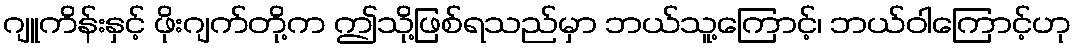
ဂျူကိန်းနှင့် ဖိုးဂျက်တို့က ဤသို့ဖြစ်ရသည်မှာ ဘယ်သူ့ကြောင့်၊ ဘယ်ဝါကြောင့်ဟု